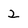
Character: 2